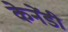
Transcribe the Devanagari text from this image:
केनेंडी